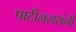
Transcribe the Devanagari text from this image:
पाटीलसरांनी